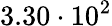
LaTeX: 3.30\cdot 10^{2}